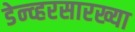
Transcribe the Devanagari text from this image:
डेन्व्हरसारख्या